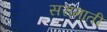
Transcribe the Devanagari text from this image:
सरामाती